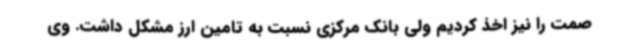
صمت را نیز اخذ کردیم ولی بانک مرکزی نسبت به تامین ارز مشکل داشت. وی